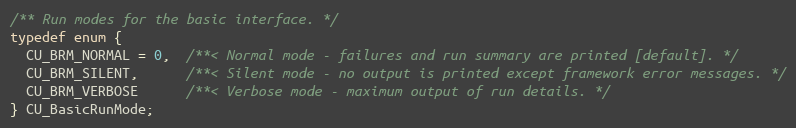
Language: C
/** Run modes for the basic interface. */
typedef enum {
  CU_BRM_NORMAL = 0,  /**< Normal mode - failures and run summary are printed [default]. */
  CU_BRM_SILENT,      /**< Silent mode - no output is printed except framework error messages. */
  CU_BRM_VERBOSE      /**< Verbose mode - maximum output of run details. */
} CU_BasicRunMode;